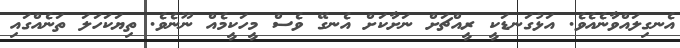
އެނގިލައްވާނެއެވެ. އަޅުގަނޑަކީ ރީއްޗަށް ނަށާކަށް އެނގޭ ވެސް މީހަކީމެއް ނޫނެވެ. ތިޔަކަހަލަ ތަނެއްގައި